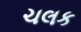
ચલક